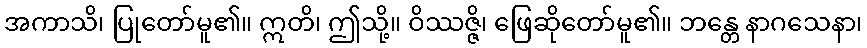
အကာသိ၊ ပြုတော်မူ၏။ ဣတိ၊ ဤသို့။ ဝိဿဇ္ဇိ၊ ဖြေဆိုတော်မူ၏။ ဘန္တေ နာဂသေနာ၊